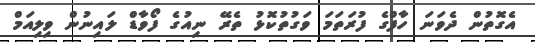
އެގޮތުން ދެވަނަ ހާފްގެ ފުރަތަމަ ވަގުތުކޮޅު ތެރޭ ނިއުގެ ފޯވާޑް ލައިނުން ވިލިއަމް